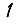
Digit: 1